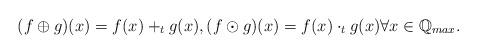
LaTeX: \begin{align*}(f\oplus g)(x)=f(x)+_tg(x), (f\odot g)(x)=f(x)\cdot_tg(x)\forall x \in \mathbb{Q}_{max}.\end{align*}